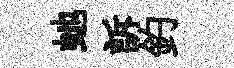
虵訴釣